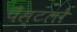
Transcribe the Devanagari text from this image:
पेस्टलों